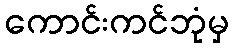
ကောင်းကင်ဘုံမှ